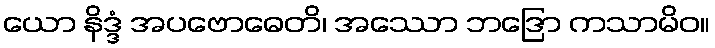
ယော နိဒ္ဒံ အပဗောဓေတိ၊ အဿော ဘဒြော ကသာမိဝ။